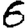
Digit: 6